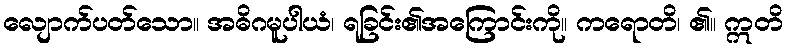
လျောက်ပတ်သော။ အဓိဂမူပါယံ၊ ရခြင်း၏အကြောင်းကို။ ကရောတိ၊ ၏။ ဣတိ